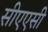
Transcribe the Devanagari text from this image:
सीएएसी